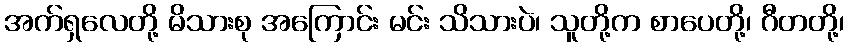
အက်ရှလေတို့ မိသားစု အကြောင်း မင်း သိသားပဲ၊ သူတို့က စာပေတို့၊ ဂီတတို့၊